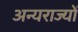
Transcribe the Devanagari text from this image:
अन्यराज्यों